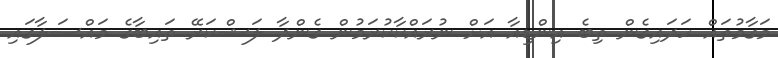
މަގާމުތައް ހަދައިގެން ތިބެ އިންޑިއާ އަށް ނުރައްކާކުރަމުން ގެންދާ ލަޝްކަރޭ ތައިބާގެ މައްސަލާގައި